Report of the Indian Hemp Drugs Commission, 1894-1895 - Volume IV
Year: 1894
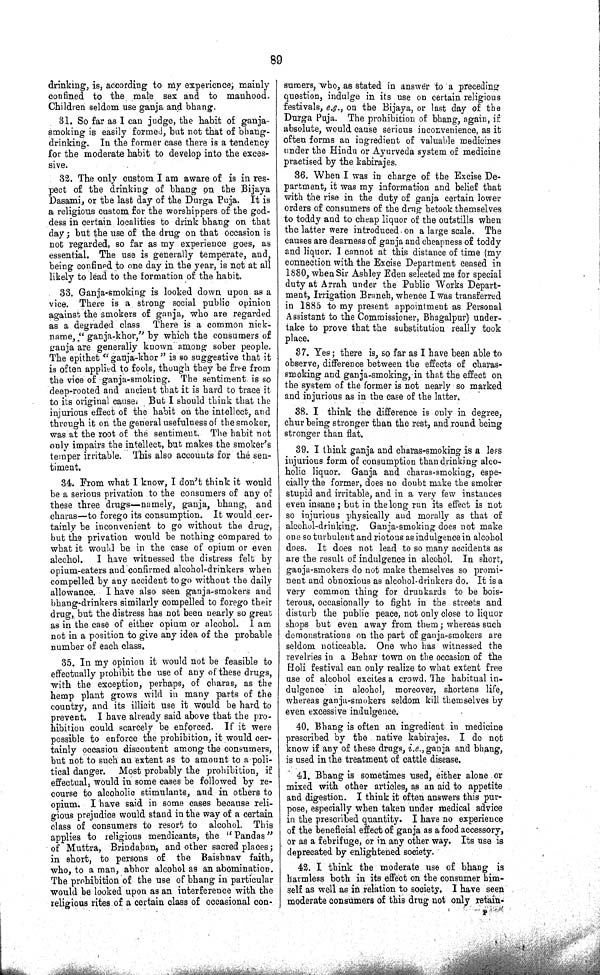
89
drinking, is, according to my experience, mainly
confined to the male sex and to manhood.
Children seldom use ganja and bhang.
31. So far as I can judge, the habit of ganja-
smoking is easily formed, bat not that of bhang-
drinking. In the former case there is a tendency
for the moderate habit to develop into the exces¬
sive.
32. The only custom I am aware of is in res¬
pect of the drinking of bhang on the Bijaya
Dasami, or the last day of the Durga Puja. It is
a religious custom for the worshippers of the god¬
dess in certain localities to drink bhang on that
day; but the use of the drug on that occasion is
not regarded, so far as my experience goes, as
essential. The use is generally temperate, and,
being confined to one day in the year, is not at all
likely to lead to the formation of the habit.
33. Ganja-smoking is looked down upon as a
vice. There is a strong social public opinion
against the smokers of ganja, who are regarded
as a degraded class There is a common nick¬
name, "ganja-khor," by which the consumers of
ganja are generally known among sober people.
The epithet "ganja-khor" is so suggestive that it
is often applied to fools, though they be free from
the vice of ganja-smoking. The sentiment is so
deep-rooted and ancient that it is hard to trace it
to its original cause. But I should think that the
injurious effect of the habit on the intellect, and
through it on the general usefulness of the smoker,
was at the root of the sentiment. The habit not
only impairs the intellect, but makes the smoker's
temper irritable. This also accounts for the sen¬
timent.
34. From what I know, I don't think it would
be a serious privation to the consumers of any of
these three drugs—namely, ganja, bhang, and
charas—to forego its consumption. It would cer¬
tainly be inconvenient to go without the drug,
but the privation would be nothing compared to
what it would be in the case of opium or even
alcohol. I have witnessed the distress felt by
opium-eaters and confirmed alcohol-drinkers when
compelled by any accident to go without the daily
allowance. I have also seen ganja-smokers and
bhang-drinkers similarly compelled to forego their
drug, but the distress has not been nearly so great
as in the case of either opium or alcohol. I am
not in a position to give any idea of the probable
number of each class.
35. In my opinion it would not be feasible to
effectually prohibit the use of any of these drugs,
with the exception, perhaps, of charas, as the
hemp plant grows wild in many parts of the
country, and its illicit use it would be hard to
prevent. I have already said above that the pro¬
hibition could scarcely be enforced. If it were
possible to enforce the prohibition, it would cer¬
tainly occasion discontent among the consumers,
but not to such an extent as to amount to a poli¬
tical danger. Most probably the prohibition, if
effectual, would in some cases be followed by re¬
course to alcoholic stimulants, and in others to
opium. I have said in some cases because reli¬
gious prejudice would stand in the way of a certain
class of consumers to resort to alcohol. This
applies to religious mendicants, the "Pandas"
of Muttra, Brindaban, and other sacred places;
in short, to persons of the Baishnav faith,
who, to a man, abhor alcohol as an abomination.
The prohibition of the use of bhang in particular
would be looked upon as an interference with the
religious rites of a certain class of occasional con¬
sumers, who, as stated in answer to a preceding
question, indulge in its use on certain religious
festivals, e.g., on the Bijaya, or last day of the
Durga Puja. The prohibition of bhang, again, if
absolute, would cause serious inconvenience, as it
often forms an ingredient of valuable medicines
under the Hindu or Ayurveda system of medicine
practised by the kabirajes.
36. When I was in charge of the Excise De¬
partment, it was my information and belief that
with the rise in the duty of ganja certain lower
orders of consumers of the drug betook themselves
to toddy and to cheap liquor of the outstills when
the latter were introduced on a large scale. The
causes are dearness of ganja and cheapness of toddy
and liquor. I cannot at this distance of time (my
connection with the Excise Department ceased in
1880, when Sir Ashley Eden selected me for special
duty at Arrah under the Public Works Depart¬
ment, Irrigation Branch, whence I was transferred
in 1885 to my present appointment as Personal
Assistant to the Commissioner, Bhagalpur) under¬
take to prove that the substitution really took
place.
37. Yes; there is, so far as I have been able to
observe, difference between the effects of charas-
smoking and ganja-smoking, in that the effect on
the system of the former is not nearly so marked
and injurious as in the case of the latter.
38. I think the difference is only in degree,
chur being stronger than the rest, and round being
stronger than flat.
39. I think ganja and charas-smoking is a less
injurious form of consumption than drinking alco¬
holic liquor. Ganja and charas-smoking, espe¬
cially the former, does no doubt make the smoker
stupid and irritable, and in a very few instances
even insane; but in the long run its effect is not
so injurious physically and morally as that of
alcohol-drinking. Ganja-smoking does not make
one so turbulent and riotous as indulgence in alcohol
does. It does not lead to so many accidents as
are the result of indulgence in alcohol. In short,
ganja-smokers do not make themselves so promi¬
nent and obnoxious as alcohol-drinkers do. It is a
very common thing for drunkards to be bois¬
terous, occasionally to fight in the streets and
disturb the public peace, not only close to liquor
shops but even away from them; whereas such
demonstrations on the part of ganja-smokers are
seldom noticeable. One who has witnessed the
revelries in a Behar town on the occasion of the
Holi festival can only realize to what extent free
use of alcohol excites a crowd. The habitual in-
dulgence in alcohol, moreover, shortens life,
whereas ganja-smokers seldom kill themselves by
even excessive indulgence.
40. Bhang is often an ingredient in medicine
prescribed by the native kabirajes. I do not
know if any of these drugs, i.e., ganja and bhang,
is used in the treatment of cattle disease.
41. Bhang is sometimes used, either alone or
mixed with other articles, as an aid to appetite
and digestion. I think it often answers this pur¬
pose, especially when taken under medical advice
in the prescribed quantity. I have no experience
of the beneficial effect of ganja as a food accessory,
or as a febrifuge, or in any other way. Its use is
deprecated by enlightened society.
42. I think the moderate use of bhang is
harmless both in its effect on the consumer him¬
self as well as in relation to society. I have seen
moderate consumers of this drug not only retain-
P